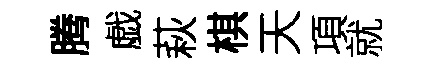
腾戯萩棋天項就